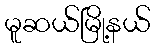
မူဆယ်မြို့နယ်